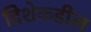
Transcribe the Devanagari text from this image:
दिशेकडील